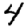
Digit: 4